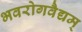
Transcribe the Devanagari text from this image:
भवरोगवैद्यम्